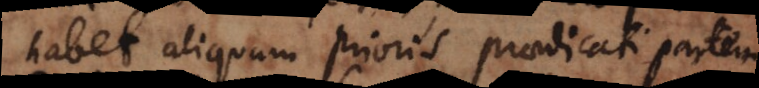
habet aliquam prioris praedicati partem,